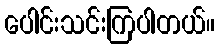
ပေါင်းသင်းကြပါတယ်။